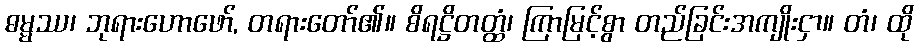
ဓမ္မဿ၊ ဘုရားဟောဖော်, တရားတော်၏။ စိရဋ္ဌိတတ္ထံ၊ ကြာမြင့်စွာ တည်ခြင်းအကျိုးငှာ။ တံ၊ ထို